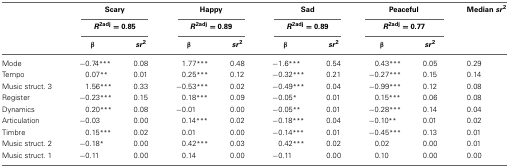
<table><thead><tr><td></td><td colspan="2"><b>Scary</b></td><td colspan="2"><b>Happy</b></td><td colspan="2"><b>Sad</b></td><td colspan="2"><b>Peaceful</b></td><td><b>Median <i>sr</i><sup>2</sup></b></td></tr><tr><td></td><td colspan="2"><b><i>R</i><sup>2adj</sup> = 0.85</b></td><td colspan="2"><b><i>R</i><sup>2adj</sup> = 0.89</b></td><td colspan="2"><b><i>R</i><sup>2adj</sup> = 0.89</b></td><td colspan="2"><b><i>R</i><sup>2adj</sup> = 0.77</b></td><td></td></tr><tr><td></td><td><b>β</b></td><td><b><i>sr</i><sup>2</sup></b></td><td><b>β</b></td><td><b><i>sr</i><sup>2</sup></b></td><td><b>β</b></td><td><b><i>sr</i><sup>2</sup></b></td><td><b>β</b></td><td><b><i>sr</i><sup>2</sup></b></td><td></td></tr></thead><tbody><tr><td>Mode</td><td>−0.74<sup>***</sup></td><td>0.08</td><td>1.77<sup>***</sup></td><td>0.48</td><td>−1.6<sup>***</sup></td><td>0.54</td><td>0.43<sup>***</sup></td><td>0.05</td><td>0.29</td></tr><tr><td>Tempo</td><td>0.07<sup>**</sup></td><td>0.01</td><td>0.25<sup>***</sup></td><td>0.12</td><td>−0.32<sup>***</sup></td><td>0.21</td><td>−0.27<sup>***</sup></td><td>0.15</td><td>0.14</td></tr><tr><td>Music struct. 3</td><td>1.56<sup>***</sup></td><td>0.33</td><td>−0.53<sup>***</sup></td><td>0.02</td><td>−0.49<sup>***</sup></td><td>0.04</td><td>−0.99<sup>***</sup></td><td>0.12</td><td>0.08</td></tr><tr><td>Register</td><td>−0.23<sup>***</sup></td><td>0.15</td><td>0.18<sup>***</sup></td><td>0.09</td><td>−0.05<sup>*</sup></td><td>0.01</td><td>0.15<sup>***</sup></td><td>0.06</td><td>0.08</td></tr><tr><td>Dynamics</td><td>0.20<sup>***</sup></td><td>0.08</td><td>−0.01</td><td>0.00</td><td>−0.05<sup>**</sup></td><td>0.01</td><td>−0.28<sup>***</sup></td><td>0.14</td><td>0.04</td></tr><tr><td>Articulation</td><td>−0.03</td><td>0.00</td><td>0.14<sup>***</sup></td><td>0.02</td><td>−0.18<sup>***</sup></td><td>0.04</td><td>−0.10<sup>**</sup></td><td>0.01</td><td>0.02</td></tr><tr><td>Timbre</td><td>0.15<sup>***</sup></td><td>0.02</td><td>0.01</td><td>0.00</td><td>−0.14<sup>***</sup></td><td>0.01</td><td>−0.45<sup>***</sup></td><td>0.13</td><td>0.01</td></tr><tr><td>Music struct. 2</td><td>−0.18<sup>*</sup></td><td>0.00</td><td>0.42<sup>***</sup></td><td>0.03</td><td>0.42<sup>***</sup></td><td>0.02</td><td>0.02</td><td>0.00</td><td>0.01</td></tr><tr><td>Music struct. 1</td><td>−0.11</td><td>0.00</td><td>0.14</td><td>0.00</td><td>−0.11</td><td>0.00</td><td>0.10</td><td>0.00</td><td>0.00</td></tr></tbody></table>